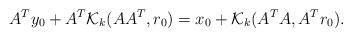
LaTeX: \begin{align*} A^Ty_0 + A^T\mathcal{K}_k(AA^T,r_0) = x_0 + \mathcal{K}_k(A^TA,A^Tr_0).\end{align*}